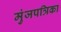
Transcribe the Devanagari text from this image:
मुंजपत्रिका